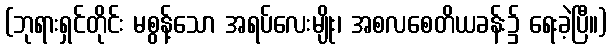
(ဘုရားရှင်တိုင်း မစွန့်သော အရပ်လေးမျိုး၊ အစလစေတိယခန်း၌ ရေးခဲ့ပြီ။)